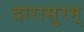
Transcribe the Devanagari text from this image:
दारासुरम्